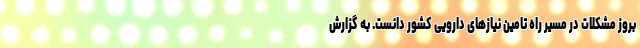
بروز مشکلات در مسیر راه تامین نیازهای دارویی کشور دانست. به گزارش